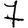
Digit: 7